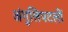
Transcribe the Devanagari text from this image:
अंगुलिपटलों